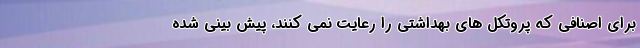
برای اصنافی که پروتکل های بهداشتی را رعایت نمی کنند، پیش بینی شده